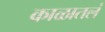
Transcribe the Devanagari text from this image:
काळातलं